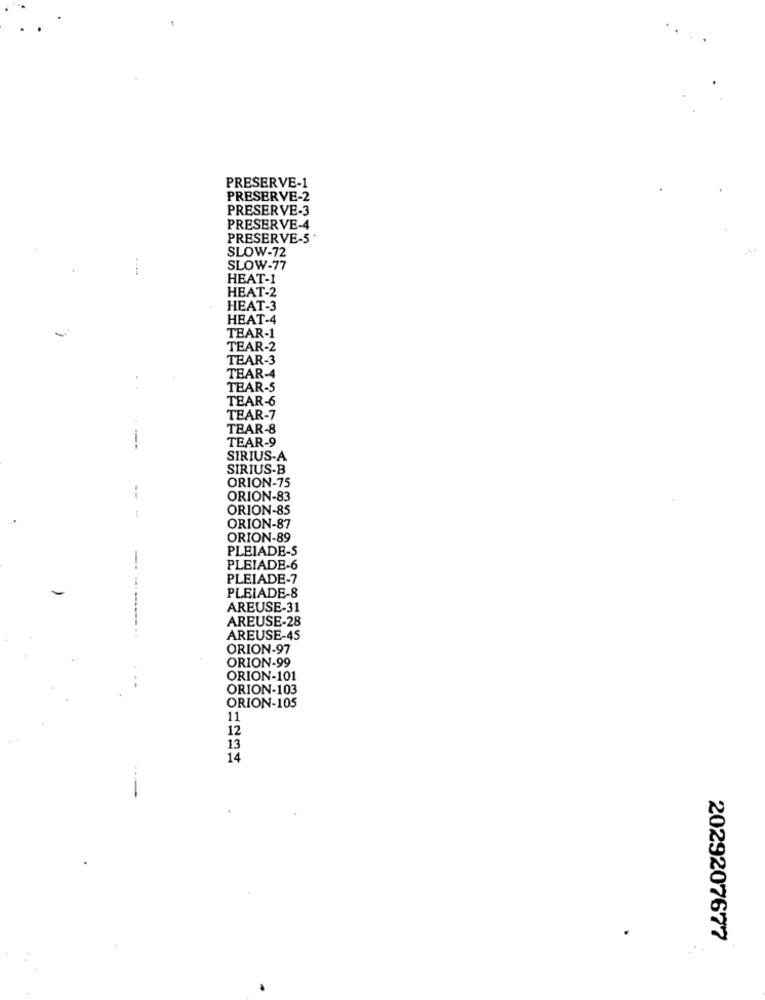
PRESERVE-1
PRESERVE-2
PRESERVE-3
PRESERVE-4
PRESERVE-5 .
SLOW-72
SLOW-77
HEAT-1
HEAT-2
HEAT-3
HEAT-4
TEAR-1
TEAR-2
TEAR-3
TEAR-4
TEAR-5
TEAR-6
TEAR-7
TEAR-8
-
TEAR-9
SIRIUS-A
SIRIUS-B
ORION-75
--
ORION-83
ORION-85
ORION-87
ORION-89
PLEIADE-S
-
PLEIADE-6
PLEIADE-7
PLEIADE-8
AREUSE-31
AREUSE-28
AREUSE-45
ORION-97
ORION-99
ORION-101
ORION-103
ORION-105
11
12
13
14
2029207677